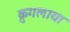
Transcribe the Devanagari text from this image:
क्रुगलाया